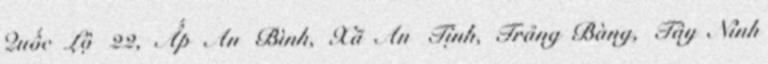
Quốc Lộ 22, Ấp An Bình, Xã An Tịnh, Trảng Bàng, Tây Ninh